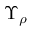
\Upsilon _ { \rho }